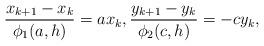
LaTeX: \begin{align*}\frac{x_{k+1}-x_k}{\phi_1(a,h)} =ax_k,\frac{y_{k+1}-y_k}{\phi_2(c,h)} =-cy_k,\end{align*}